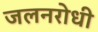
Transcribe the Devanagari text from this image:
जलनरोधी